Report of the Indian Hemp Drugs Commission, 1894-1895 - Volume III
Year: 1894
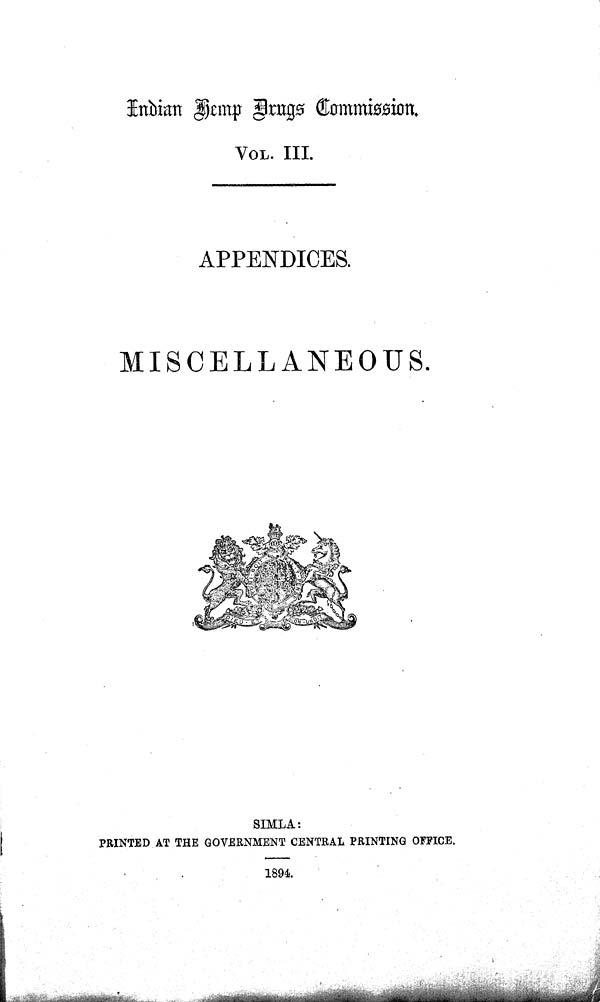
Indian Hemp Drugs Commission.
VOL. III.
APPENDICES.
MISCELLANEOUS.
SIMLA:
PRINTED AT THE GOVERNMENT CENTRAL PRINTING OFFICE.
1894.